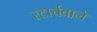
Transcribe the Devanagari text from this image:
स्टार्चवाले